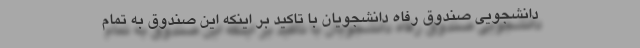
دانشجویی صندوق رفاه دانشجویان با تاکید بر اینکه این صندوق به تمام